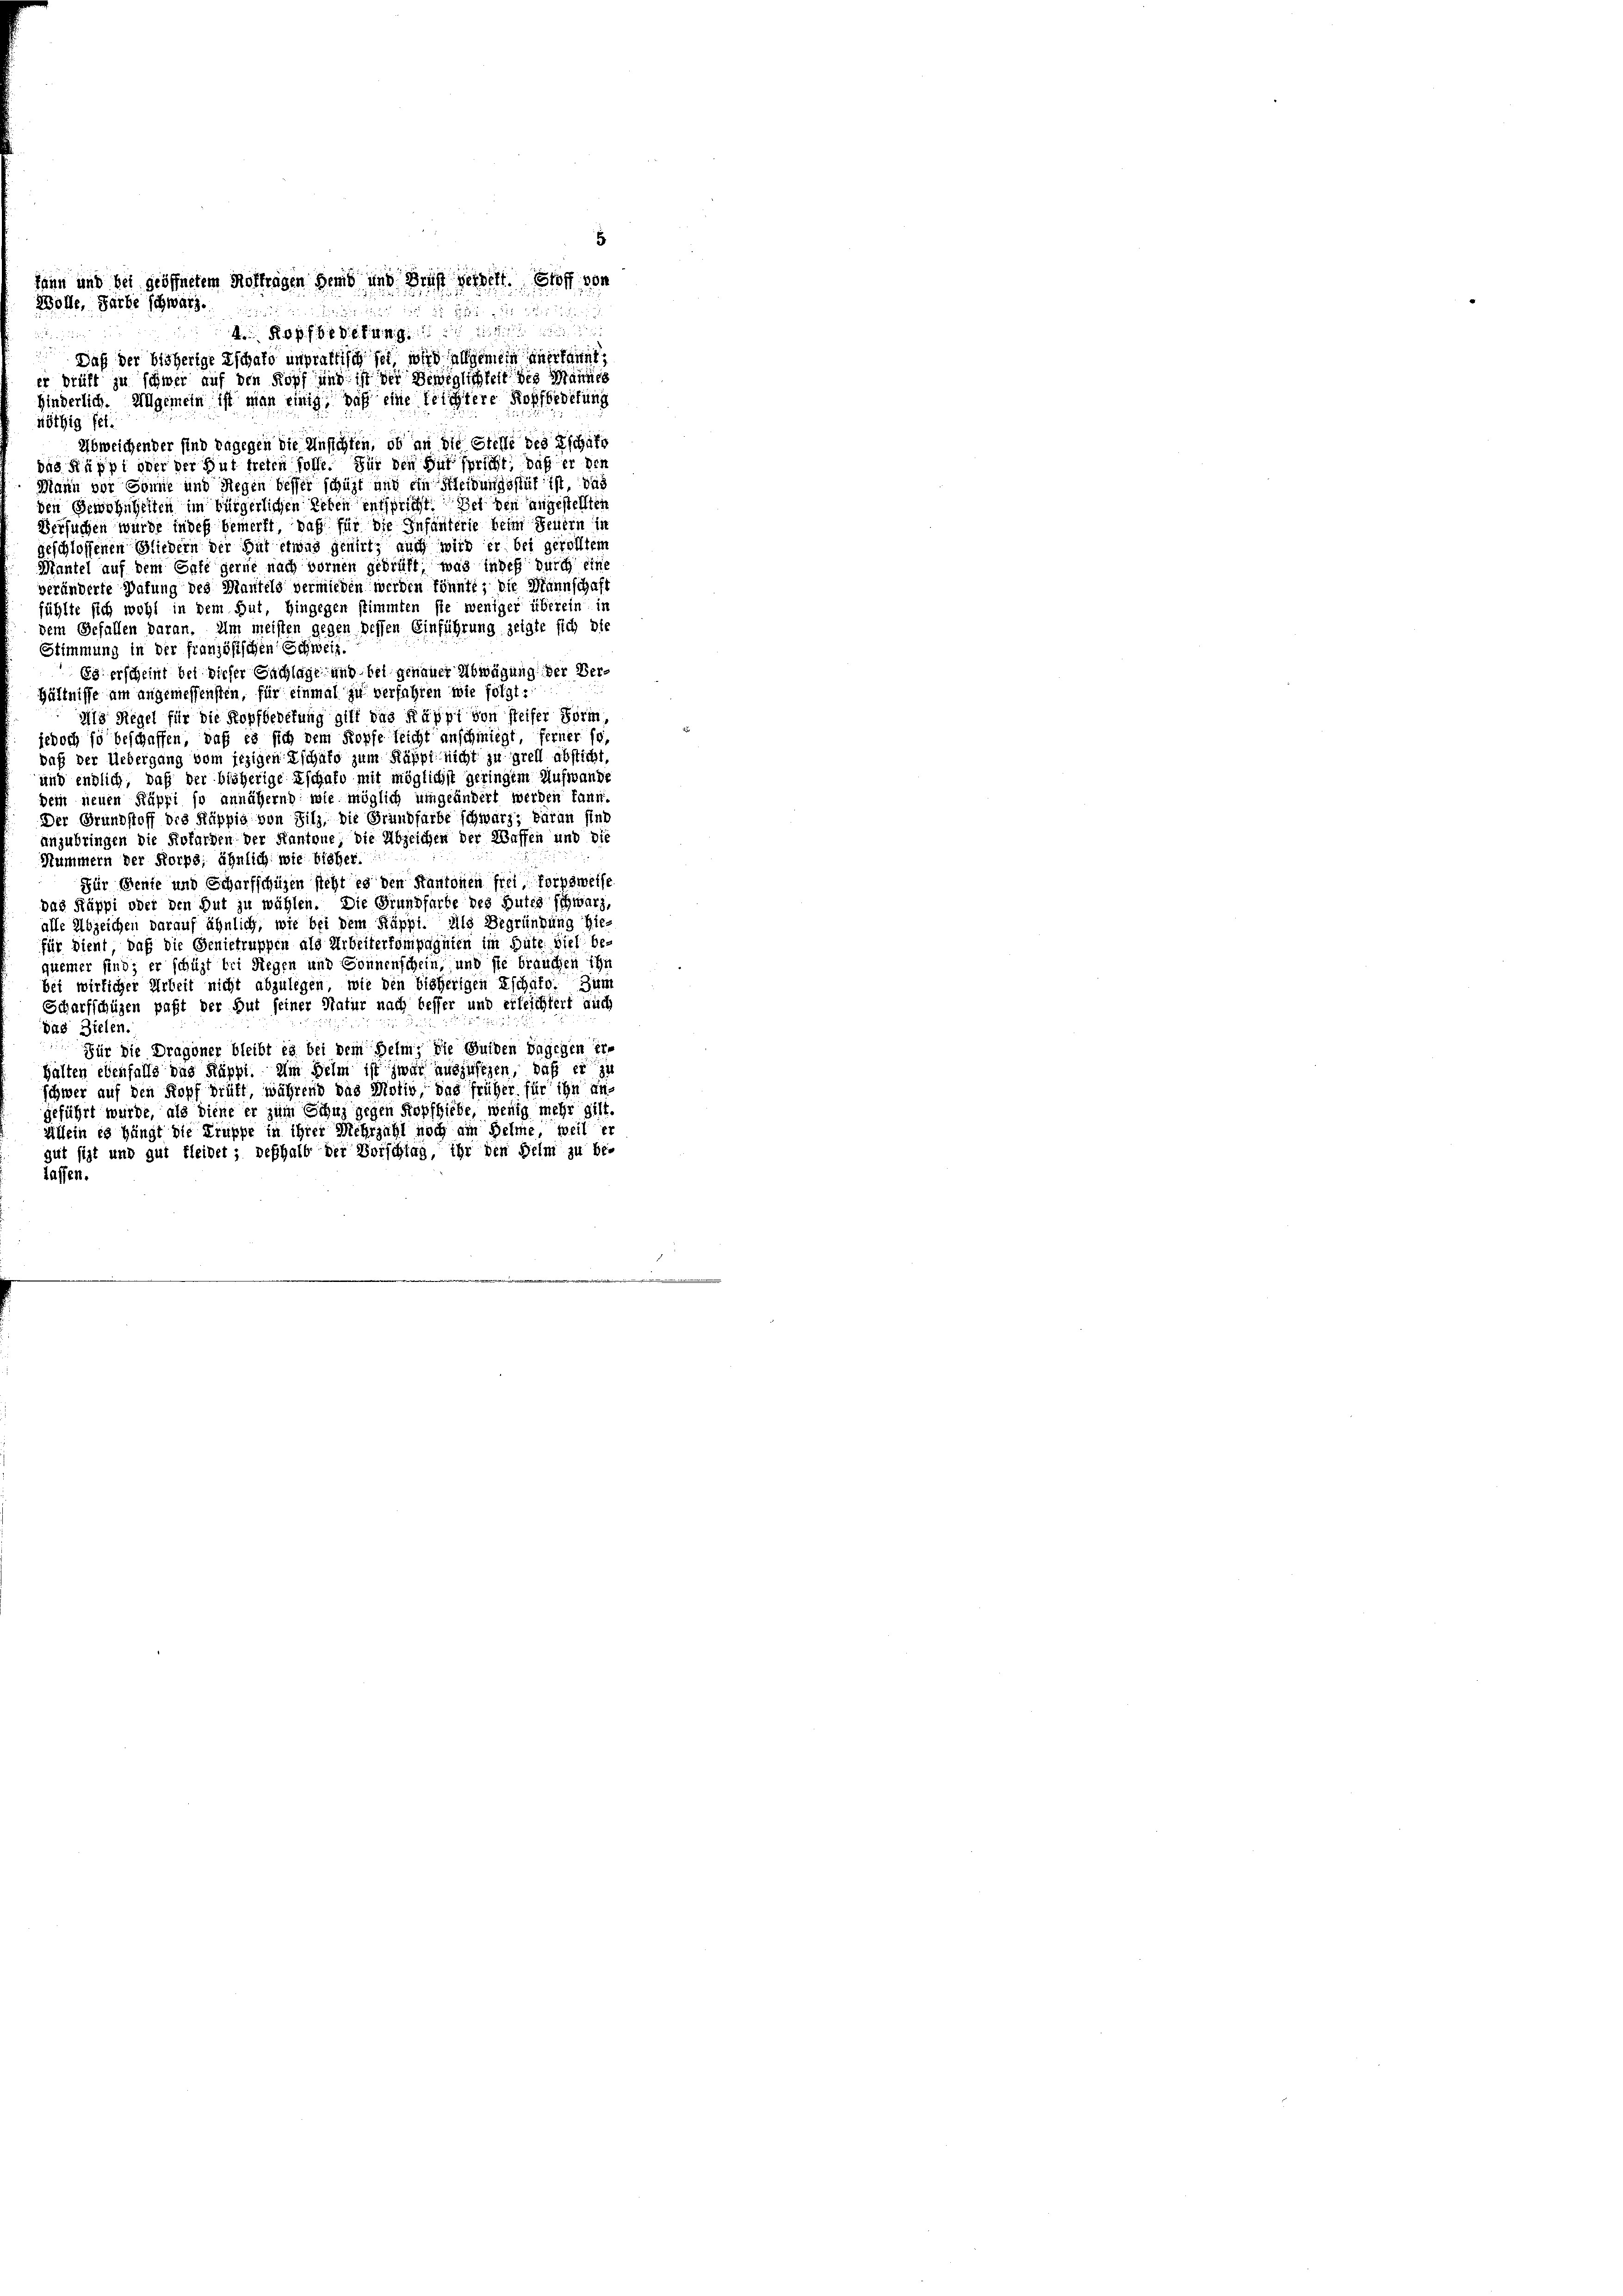
kann und bei geöffnetem Notfragen dem und Brust herbelt. Stoff von

4 Kopfbedings die
Daß der bisherige Eschaft unpraktischfet, wird allgemein anerkannt,
er prüft zu schwer auf den Kopf und ist der Demiglichkeit des Mannes
hinderlich. Allgemein ist man einig, daß eine leichtere Kopfbedetung
nöthig fet.
Abweichender sind vagegen die Ansichten, ob an die Stelle des Eschäft
das Käppi oder der Gut treten solle. Für den Dir spricht, daß er den
Mann vor Gönne und Regen besser schüzt und ein Kleidungsstuf ist, das
den Gewohnheiten im bürgerlichen Leben entspricht. Bei den angestellten
Versuchen wurde indes bemerkt, daß für die Infanterie beim Feuern in
geschlossenen Gliedern der Gut etwas genirt, auch wird er bei gerolltem
Mantel auf dem Cafe gerne nach bornen gedrüft, was indeß durch eine
veränderte Wafung des Mantels vermieden werden könnte; die Mannschaft
fühlte sich wohl in dem Gut, Hingegen stimmten sie weniger überein ir
dem Gefallen daran. Um meisten gegen dessen Einführung zeigte sich die
Stimmung in der französischen Schweiz.
Es erscheint bei dieser Sachlage und bei genauer Abwägung der Verhältnisse um angemessensten, für einmal zu verführen wie folgt:
Ils Regel für die Kopfbedefung gibt das Käppi von steifer Form
jedoch so beschaffen, daß es sich dem Kopfe leicht anschmiegt, ferner so,
daß der Uebergang vom jezigen Eschaft zum Käppi nicht zu grell absticht
und endlich, daß der blöherige Eschaft mit möglichst geringen Aufwande
dem neuen Käppi so annähernd wie möglich umgeändert werden kann,
Der Grundstoff die Küppig von Silz die Grundfarbe schwarz; daran sind
anzubringen die Reforden der Kantone die Abzeichen der Waffen und die
Hummern der Korps, ähnlich wie bisher.
Für Bente und Scharfschüzen steht es den Kantonen frei, forpsweise
das Käppi oder den Gut zu wählen. Die Grundfarbe des Gutes schwarz
alle Abzeichen darauf ähnlich, wie bei dem Käppi, als Begründung hie-
für dient, daß die Genietruppen als Arbeiterkompagnien im Güte viel be-
quemer sind; er schüzt bei Regen und Sonnenschein, und sie brauchen ihn
bei wirlicher Arbeit nicht abzulegen, wie den bisherigen Eschaft. Zum
Scharfschüzen paßt der Gut seiner Natur nach besser und erleichtert auch
das Zielen.
Für die Dragoner bleibt es bei dem Helm, die Gulden dagegen Er-
halten ebenfalls das Käppt. Im Helm ist zwar auszusehen, daß er zu
schwer auf den Kopf drüft, während das Motiv, das früher für ihn angeführt wurde, als diene er zum Schuz gegen Kopfhiebe, wenig mehr gilt.
Allein es hängt die Truppe in ihrer Mehrzahl noch am Sehne, weil er
gut sizt und gut fleidet; deßhalb der Vorschlag, ihr den Heim zu be-
lassen.

Wolle, Farbe schwarz.

u

5